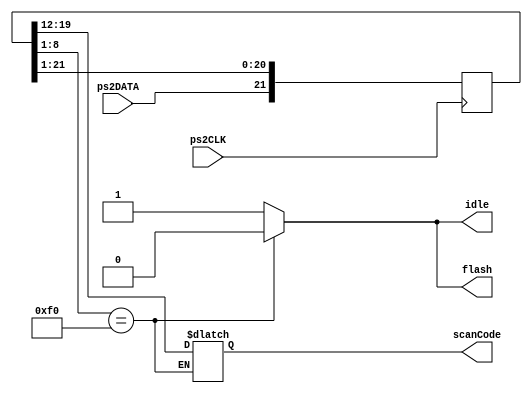
module reader(ps2CLK, ps2DATA, scanCode, flash, idle);
    
input ps2CLK, ps2DATA;
output wire flash;
output reg idle;
output reg[7:0] scanCode;
reg [21:0] shiftReg;	

assign flash = (shiftReg[8:1] == 8'hF0) ? 0 : 1;

initial 
begin
    idle = 1;
    shiftReg = 0;
    scanCode = 0;
end


always @(negedge ps2CLK)
begin
    shiftReg = {ps2DATA, shiftReg[21:1]};
end

always @(shiftReg)
begin
    if (shiftReg[8:1] == 8'hF0)
    begin
        scanCode = shiftReg[19:12];
        idle = 0;
    end
    else
    begin
        scanCode = scanCode;
        idle = 1;
    end
end

	
endmodule